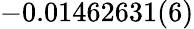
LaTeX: -0.01462631(6)